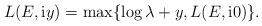
LaTeX: \begin{align*}L(E, \mathrm{i}y) = \max\{\log \lambda + y, L(E,\mathrm{i}0)\}.\end{align*}